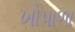
ખોપાળા